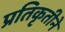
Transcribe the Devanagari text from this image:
प्रतिकृतीने